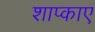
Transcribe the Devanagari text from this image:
शाप्काए